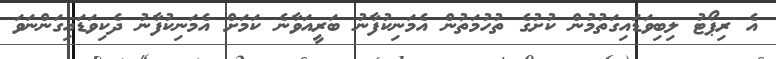
އެ ރިޕޯޓު ލިބިވަޑައިގަތުމުން ކުށުގެ ތުހުމަތުން އެމަނިކުފާނު ބަރީއަވާނެ ކަމަށް އެމަނިކުފާނުު ދެކިވަޑައިގަންނަވަ